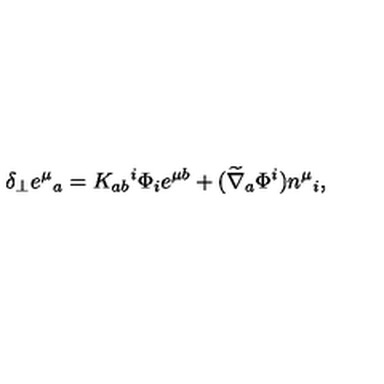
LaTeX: \delta _ { \perp } e ^ { \mu } { } _ { a } = K _ { a b } { } ^ { i } \Phi _ { i } e ^ { \mu b } + ( \widetilde \nabla _ { a } \Phi ^ { i } ) n ^ { \mu } { } _ { i } ,